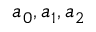
a _ { 0 } , a _ { 1 } , a _ { 2 }